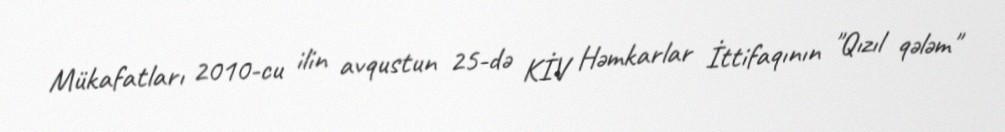
Mükafatları 2010-cu ilin avqustun 25-də KİV Həmkarlar İttifaqının "Qızıl qələm"